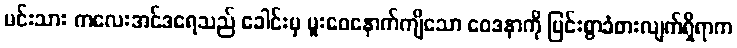
မင်းသား ကလေးအင်ဒရေသည် ခေါင်းမှ မူးဝေနောက်ကျိသော ဝေဒနာကို ပြင်းစွာခံစားလျက်ရှိရာက